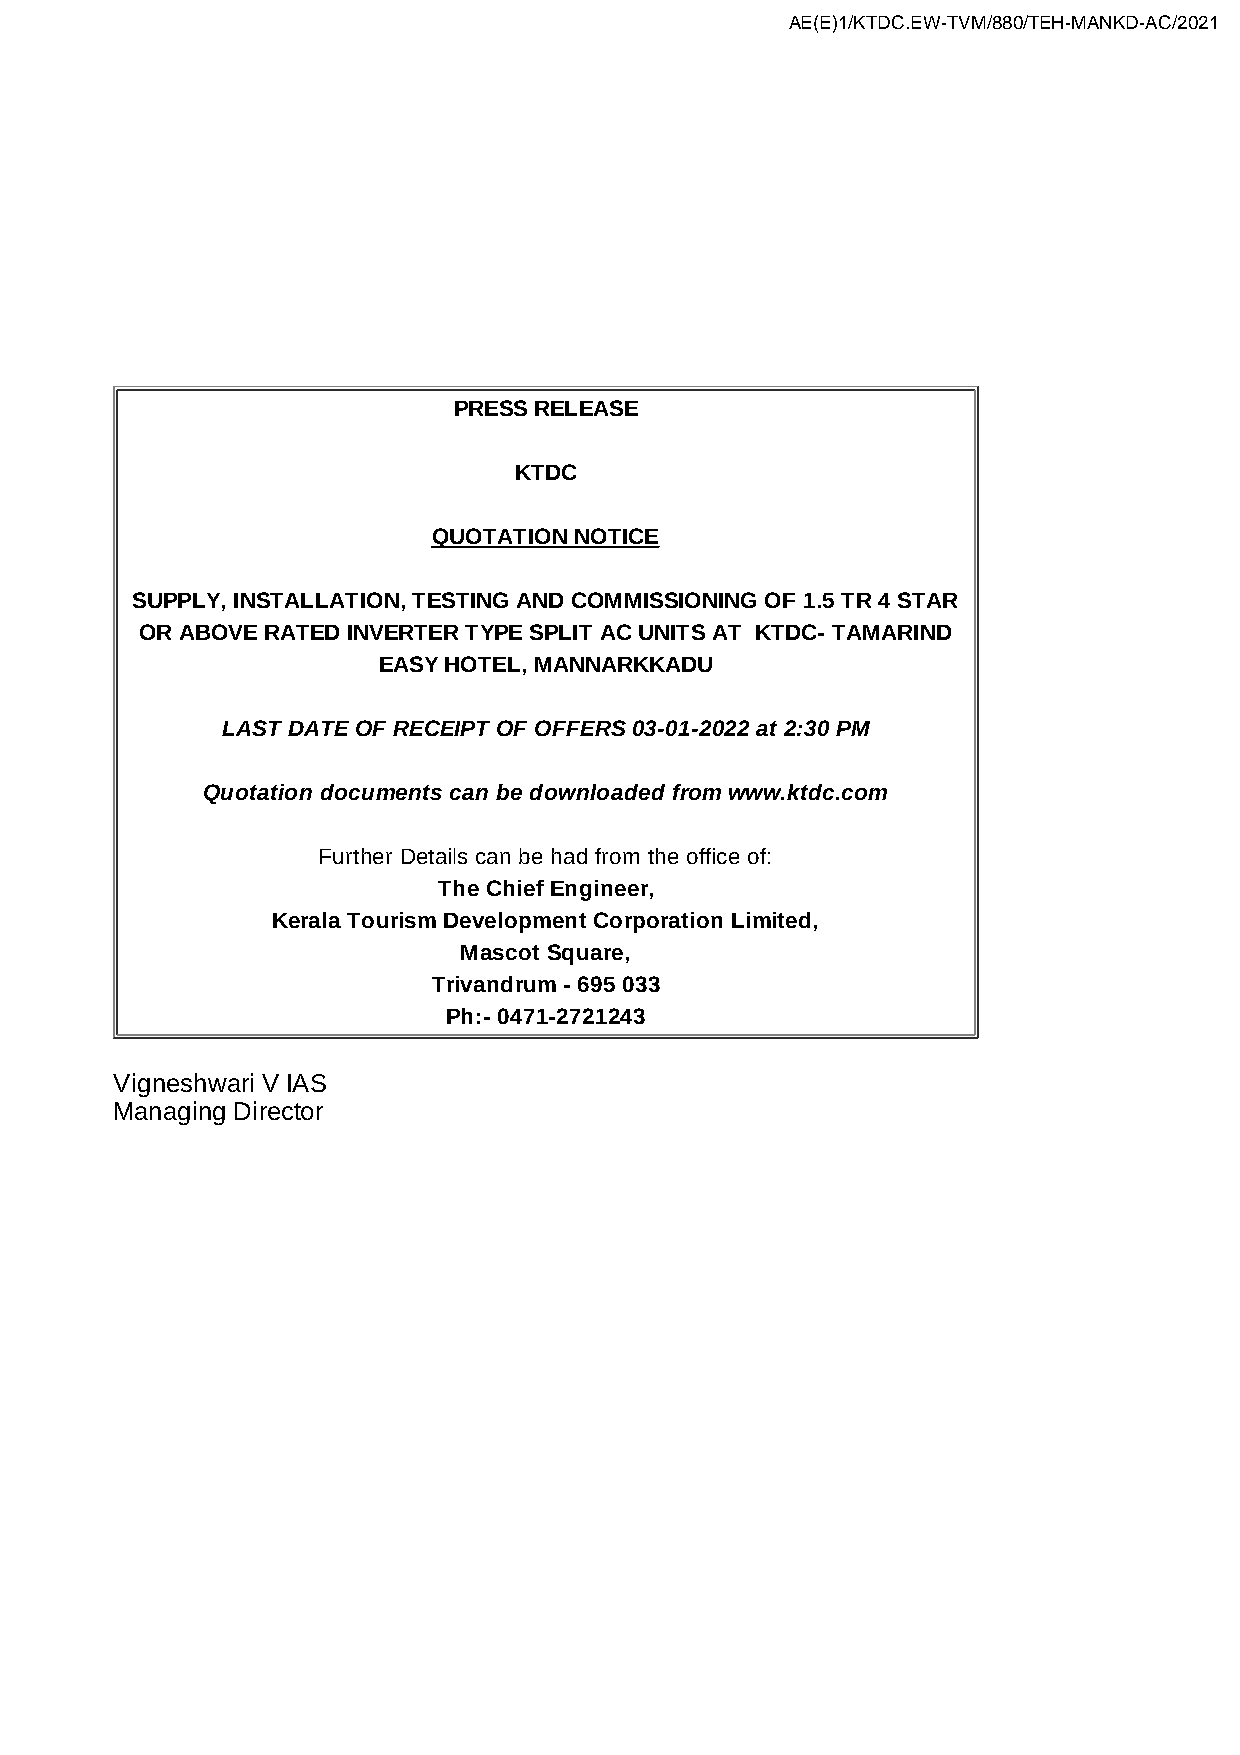
AE(E)1/KTDC.EW-TVM/880/TEH-MANKD-AC/2021
 PRESS RELEASE
 KTDC
 QUOTATION NOTICE
 SUPPLY, INSTALLATION, TESTING AND COMMISSIONING OF 1.5 TR 4 STAR
 OR ABOVE RATED INVERTER TYPE SPLIT AC UNITS AT KTDC- TAMARIND
 EASY HOTEL, MANNARKKADU
 LAST DATE OF RECEIPT OF OFFERS 03-01-2022 at 2:30 PM
 Quotation documents can be downloaded from www.ktdc.com
 Further Details can be had from the office of:
 The Chief Engineer,
 Kerala Tourism Development Corporation Limited,
 Mascot Square,
 Trivandrum - 695 033
 Ph:- 0471-2721243
 Vigneshwari V IAS
 Managing Director